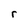
Character: r